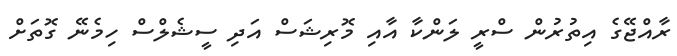
ރާއްޖޭގެ އިތުރުން ސްރީ ލަންކާ އާއި މޮރިޝަސް އަދި ސީޝެލްސް ހިމެނޭ ގޮތަށް